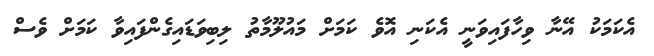
އެކަމަކު އޭނާ ވިހާފައިވަނީ އެކަނި އޮވެ ކަމަށް މައުލޫމާތު ލިބިވަޑައިގެންފައިވާ ކަމަށް ވެސް